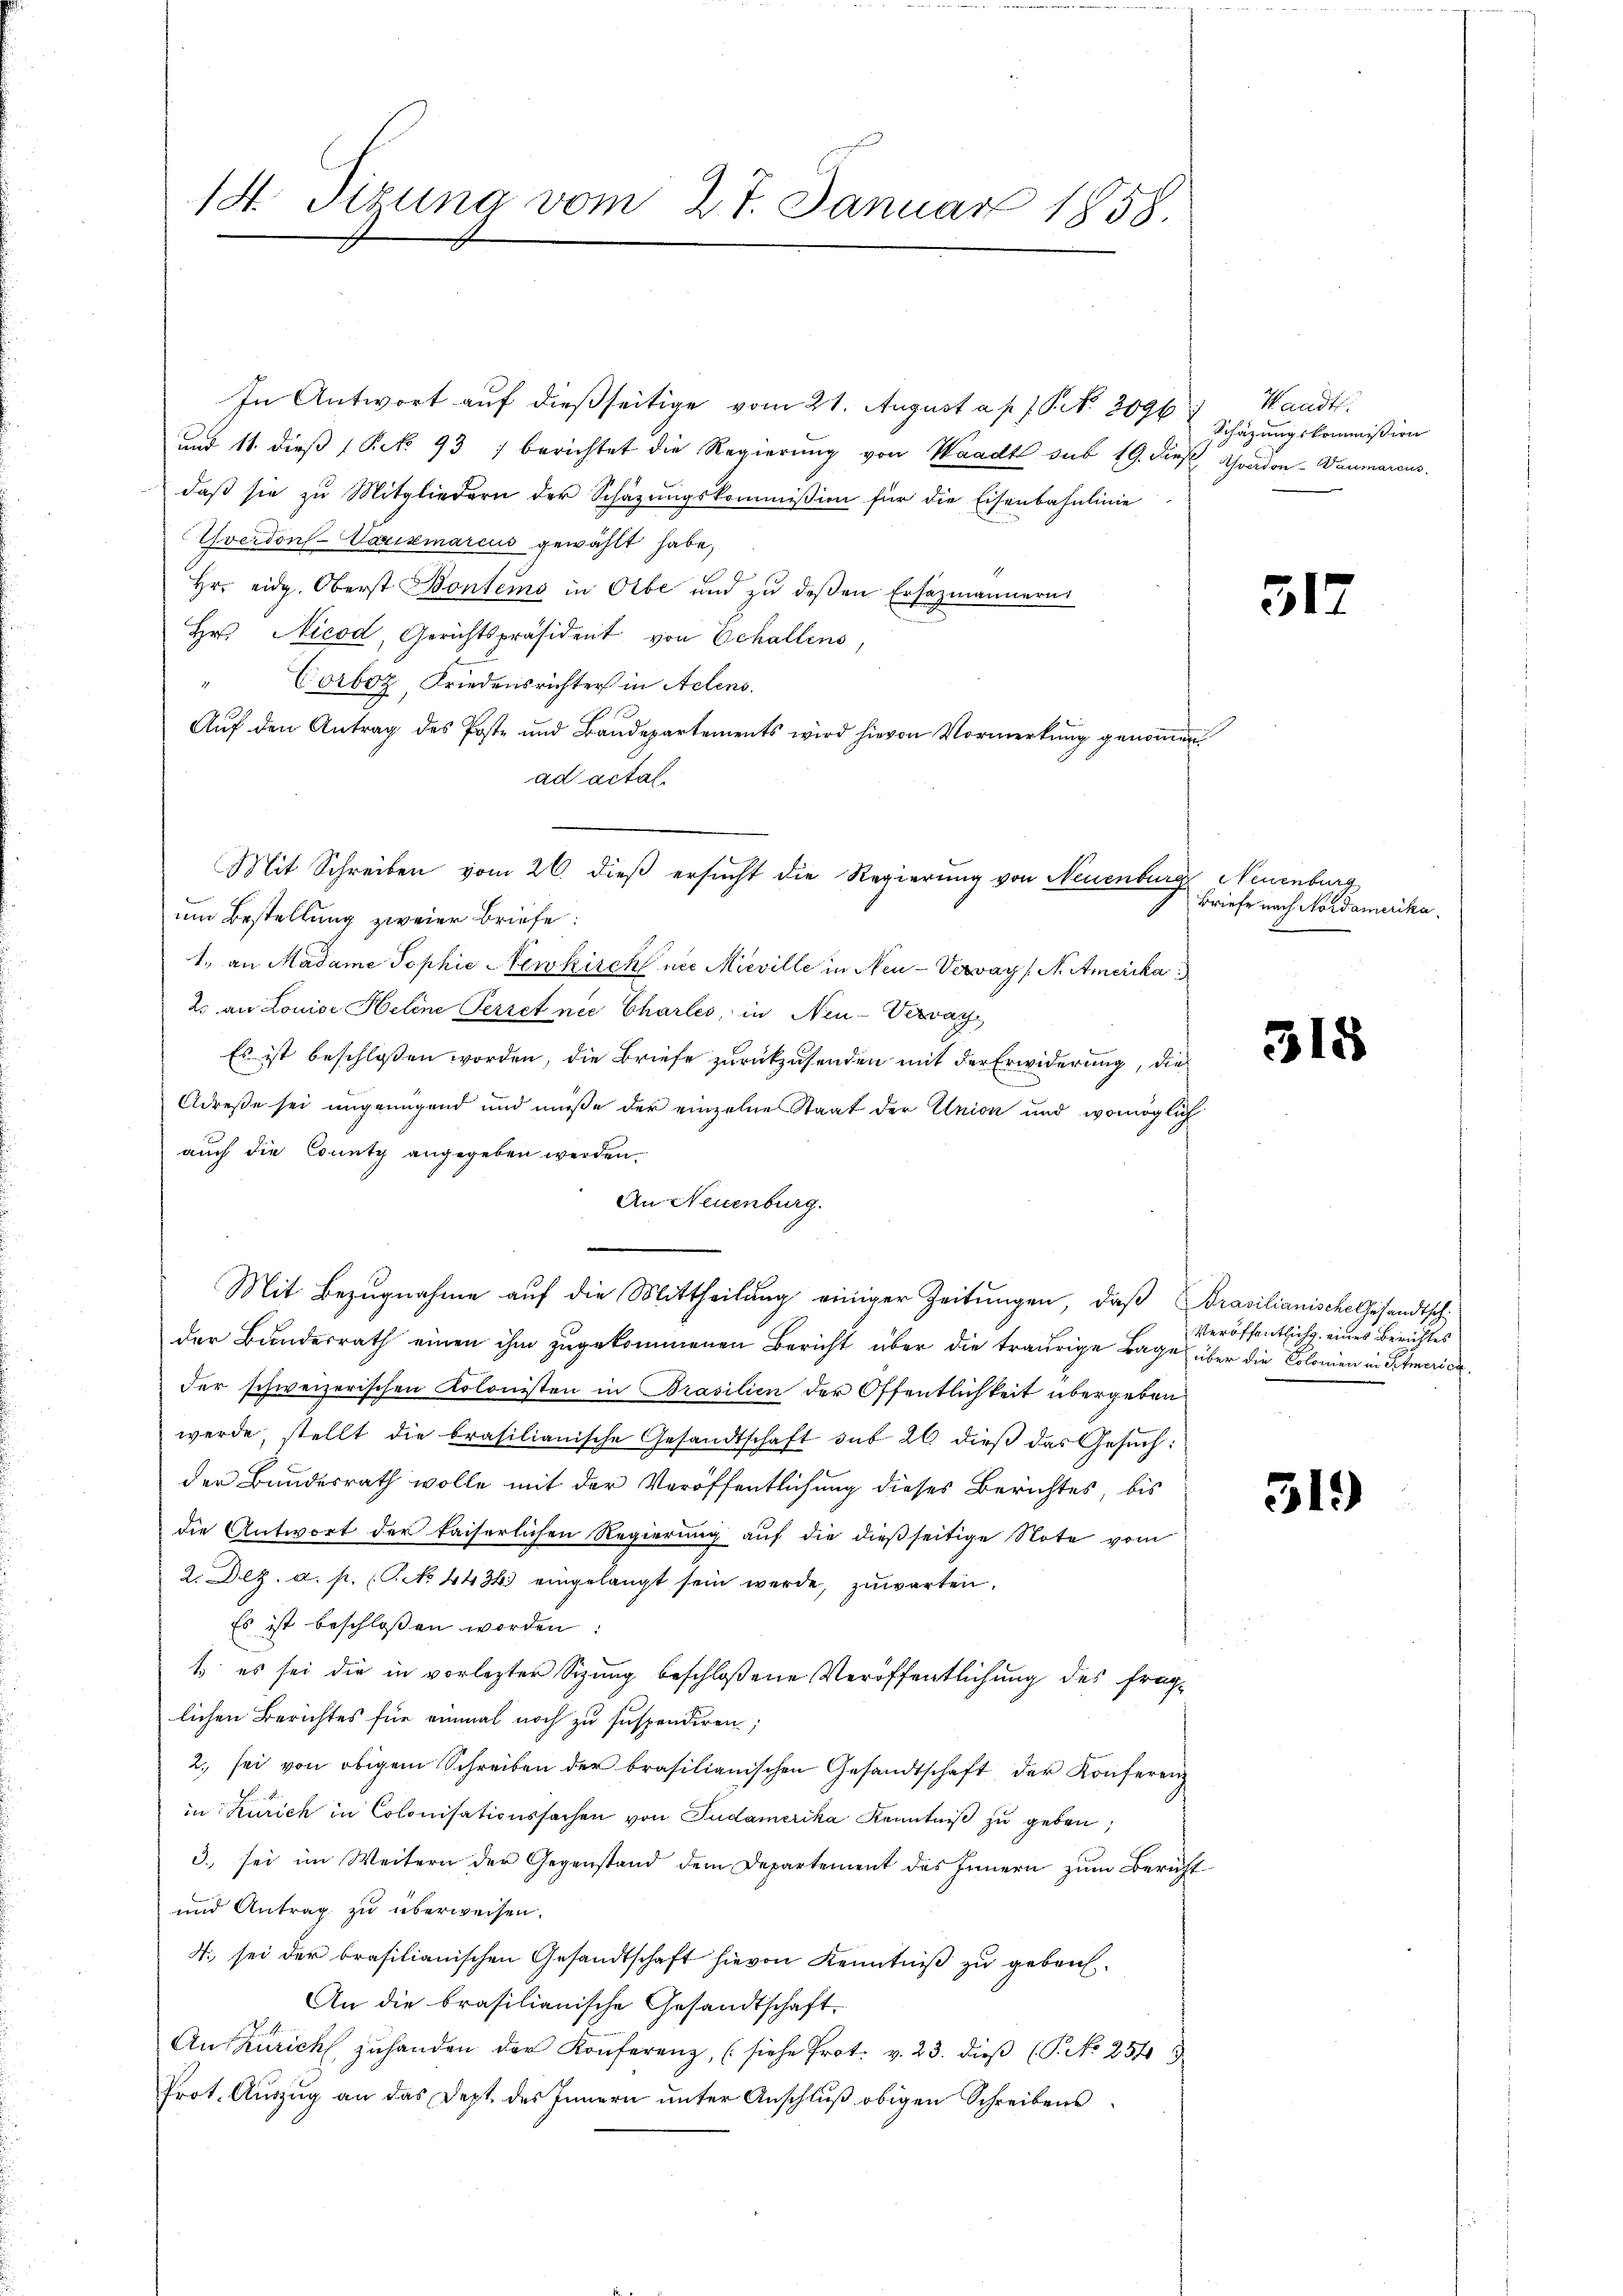
14. Tizung vom 27. Januar 1858.

In Antwort auf dießseitige vom 21. August a. p. s. S. 2096
und 11. dieß (Frk. 93, berichtet die Regierung von Waadt sub 19. dieß. Avadon-Daumarcus
daß sie zu Mitgliedern der Schäzungskommißion für die Eisenbahnlinie
Yverdon Varismarcus gewählt habe,
Hr. eidg. Oberst Bontems in Olbe und zu deßen Ersezmännern
Hr. Nicod, Gerichtspräsident von Echallens,
"Corboz, Friedensrichter in Actens.
Aŭf den Antrag des Poste und Baudepartements wird hievon Vormerkŭng genoṁen
ad actal.
um Bestellung zweier Briefe:
1., an Madame Sophie Newkirch nie Mieville in Neu - Vervay / M. Amerika
2. an Louise Helene Perret nie Charles, in Neu-Vervay
Es ist beschlossen worden, die Briefe zurückzusenden mit der Erwiderung, die
Adrese sei ungenügend und müße der einzelne Staat der Union und womöglich
auch die County angegeben werden.
An Neuenburg.
Mit Bezugnahme auf die Mittheilung einiger Zeitungen, daß Prasilianische Gesandtschder Bundesrath einen ihm zugekommenen Bericht über die traurige Lage über die Colonien in Schmerich
der schweizerischen Kolonisten in Brasilien der Öffentlichkeit übergeben
werde, stellt die brasilianische Gesandtschaft aus 26 dieß das Gesŭch:
der Bundesrath wolle mit der Veröffentlichung dieses Berichtes bis
die Antwort der kaiserlichen Regierung auf die dießseitige Note vom
2. Dez. a. p. (T. No. 4434. eingelangt sein werde, zuwarten.
Es ist beschlossen worden:
1. es sei die in vorlezter Sizung beschloßene Veröffentlichung des fraglichen Berichtes für einmal noch zu suspendiren;
2. sei von obigem Schreiben der brasilianischen Gesandtschaft der Konferenz
in Zürich in Colonisationssachen von Pudamerika Kenntniß zu geben,
3. sei im Weitern der Gegenstand dem Departement des Innern zum Bericht
und Antrag zu überweisen.
4. sei der brasilianischen Gesandtschaft hievon Kenntniß zu gebau¬
An die brasilianische Gesandtschaft¬
Auszurich zŭ handen der Konferenz, (siehe Prot. v. 23. dieβ (P. No 254
Prot. Auszug an das Dept. des Innern unter Anschluß obigen Schreibens

Mit Schreiben vom 26. dieß ersucht die Regierung von Neuenburg Neuenburg

Waadt.
Schazungskommission

317

Briefe nach Nordamerika

318

Veröffentlich eines Berichtes

319)